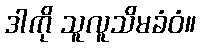
ဒါကို သူလူသိမခံဝံ။